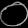
Digit: ၀